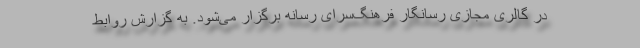
در گالری مجازی رسانگار فرهنگ‌سرای رسانه برگزار می‌شود. به گزارش روابط